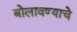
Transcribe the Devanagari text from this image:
बोलावण्याचे